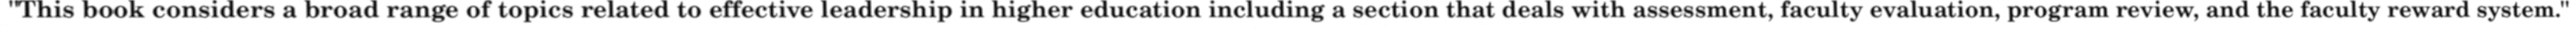
"This book considers a broad range of topics related to effective leadership in higher education including a section that deals with assessment, faculty evaluation, program review, and the faculty reward system."